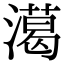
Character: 㵧